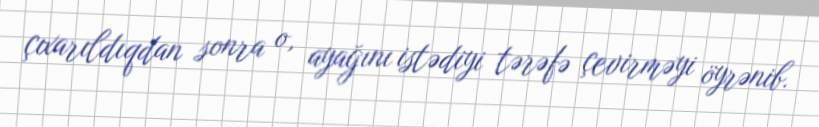
çıxarıldıqdan sonra o, ayağını istədiyi tərəfə çevirməyi öyrənib.